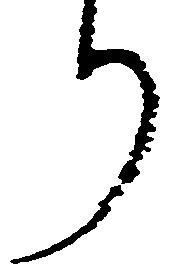
り